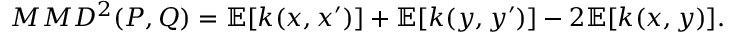
M M D ^ { 2 } ( P , Q ) = \mathbb { E } [ k ( x , x ^ { \prime } ) ] + \mathbb { E } [ k ( y , y ^ { \prime } ) ] - 2 \mathbb { E } [ k ( x , y ) ] .